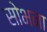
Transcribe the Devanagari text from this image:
सोभना